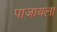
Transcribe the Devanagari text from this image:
पाजायला